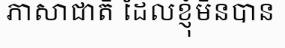
ភាសាជាតិ ដែលខ្ញុំមិនបាន